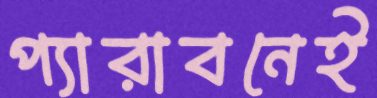
প্যারাবনেই